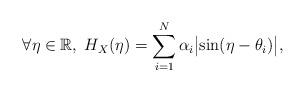
LaTeX: \begin{align*}\forall\eta\in\mathbb{R},\; H_X(\eta)=\sum_{i=1}^N \alpha_i\bigl\vert\sin (\eta-\theta_i)\bigr\vert, \end{align*}